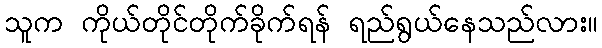
သူက ကိုယ်တိုင်တိုက်ခိုက်ရန် ရည်ရွယ်နေသည်လား။